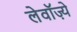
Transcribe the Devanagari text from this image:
लेवॉज़्ये